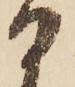
日